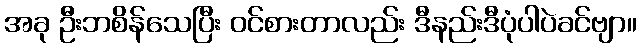
အခု ဦးဘစိန်သေပြီး ဝင်စားတာလည်း ဒီနည်းဒီပုံပါပဲခင်ဗျာ။